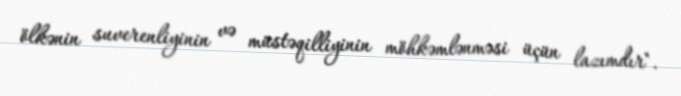
ölkənin suverenliyinin və müstəqilliyinin möhkəmlənməsi üçün lazımdır".